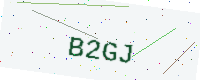
Text: B2GJ